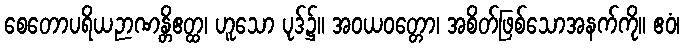
စေတောပရိယဉာဏန္တိဧတ္ထ၊ ဟူသော ပုဒ်၌။ အဝယဝတ္တော၊ အစိတ်ဖြစ်သောအနက်ကို။ ဧဝံ၊